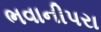
ભવાનીપરા